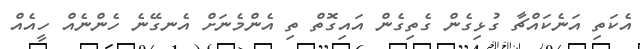
އެކަތި އަނެކައްޗާ ގުޅިގެން ގެތިގެން އައިގޮތް ތި އެންމެނަށް އެނގޭނެ ހެންނެއް ހީއެއް